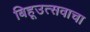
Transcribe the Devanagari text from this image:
बिहूउत्सवाचा